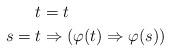
LaTeX: \begin{align*}t & = t \\s = t & \Rightarrow (\varphi(t) \Rightarrow \varphi(s)) \end{align*}